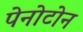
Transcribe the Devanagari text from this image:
पेनोटोन